Indian journal of veterinary science and animal husbandry - Volume 12,
Year: 1942
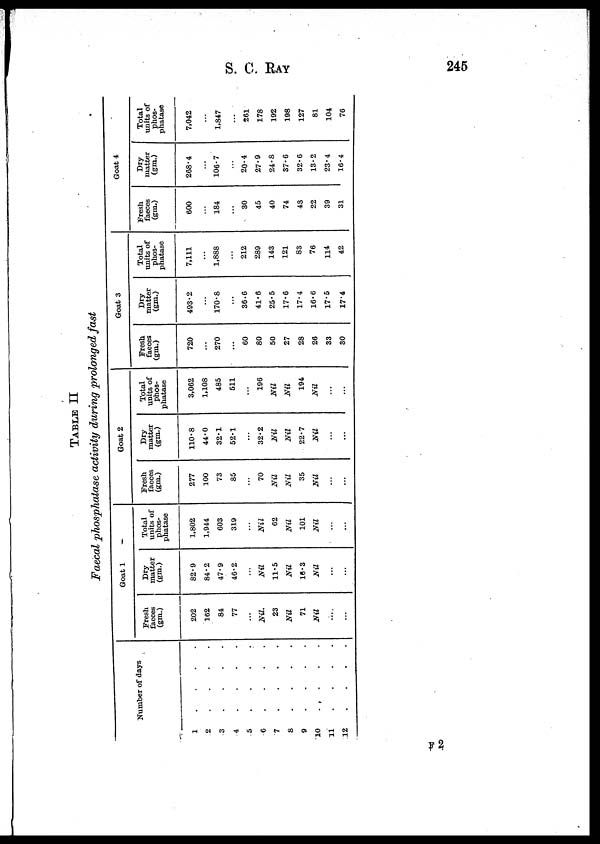
S.
C.
RAY
245
TABLE II
faecal phosphatase activity during prolonged fast
Number of days
1 . . . .
2 . . . .
3 . . . .
4 . . . .
5 . . . .
6 . . . .
7 . . . .
8 . . . .
9 . . . .
10 . . . .
11 . . . .
12 . . . .
Goat 1
Fresh
faeces
(gm.)
202
162
84
77
...
Nil.
23
Nil
71
Nil
...
...
Dry
matter
(gm.)
82.9
84.2
47.9
46.2
...
Nil
11.5
Nil
16.3
Nil
...
...
Total
units of
phos-
phatase
1,802
1,944
603
319
...
Nil
62
Nil
101
Nil
...
...
Goat 2
Fresh
faeces
(gm.)
277
100
73
85
...
70
Nil
Nil
35
Nil
...
...
Dry
matter
(gm.)
110.8
44.0
32.1
52.1
...
32.2
Nil
Nil
22.7
Nil
...
...
Total
units of
phos-
phatase
3,062
1,108
485
511
...
196
Nil
Nil
194
Nil
...
...
Goat 3
Fresh
faeces
(gm.)
720
...
270
...
60
80
50
27
28
26
33
30
Dry
matter
(gm.)
493.2
...
170.8
...
36.6
41.6
25.5
17.6
17.4
16.6
17.5
17.4
Total
units of
phos-
phatase
7,111
...
1,888
...
212
289
143
121
83
76
114
42
Goat 4
Fresh
faeces
(gm.)
600
...
184
...
30
45
40
74
48
22
39
31
Dry
matter
(gm.)
268.4
...
106.7
...
20.4
27.9
24.8
37.6
32.6
13.2
23.4
16.4
Total
units of
phos-
phatase
7,042
...
1,847
...
261
178
192
198
127
81
104
76
F 2